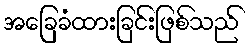
အခြေခံထားခြင်းဖြစ်သည်